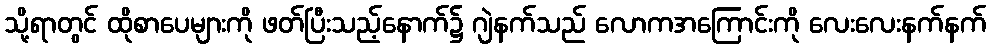
သို့ရာတွင် ထိုစာပေများကို ဖတ်ပြီးသည့်နောက်၌ ဂျဲနက်သည် လောကအကြောင်းကို လေးလေးနက်နက်